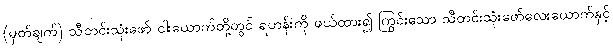
(မှတ်ချက်) သီတင်းသုံးဖော် ငါးယောက်တို့တွင် ရဟန်းကို ဖယ်ထား၍ ကြွင်းသော သီတင်းသုံးဖော်လေးယောက်နှင့်